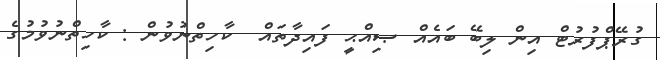
ގުރޭޕްފުރުޓް އިން ލިބޭ ބައެއް ޞިއްޙީ ފައިދާތައް  ކާހިތްނުވުން : ކާހިތްނުވުމުގެ